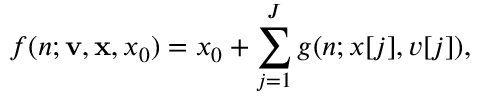
f ( n ; \mathbf { v , x } , x _ { 0 } ) = x _ { 0 } + \sum _ { j = 1 } ^ { J } g ( n ; x [ j ] , v [ j ] ) ,